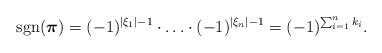
LaTeX: \begin{align*} \mathop{\mathrm{sgn}}(\boldsymbol{\pi})=(-1)^{\vert\xi_1\vert-1}\cdot\ldots\cdot(-1)^{\vert\xi_n\vert-1}=(-1)^{\sum_{i=1}^n k_i}.\end{align*}